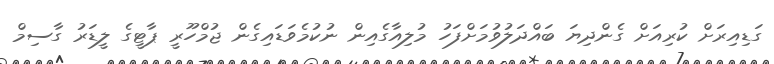
ގަޑިއިރަށް ކުރިއަށް ގެންދިޔަ ބައްދަލުވުމަށްފަހު މުލިއާގެއިން ނުކުމެވަޑައިގެން ޖުމްހޫރީ ޕާޓީގެ ލީޑަރު ގާސިމް